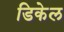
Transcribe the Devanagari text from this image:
डिकेल